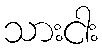
သားငါး